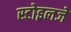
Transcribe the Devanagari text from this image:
स्टोइलजे